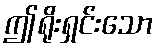
ဤရိုးရှင်းသော